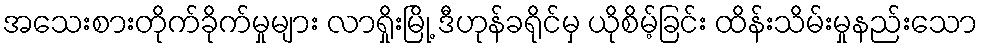
အသေးစားတိုက်ခိုက်မှုများ လာရှိုးမြို့ ဒီဟုန်ခရိုင်မှ ယိုစိမ့်ခြင်း ထိန်းသိမ်းမှုနည်းသော